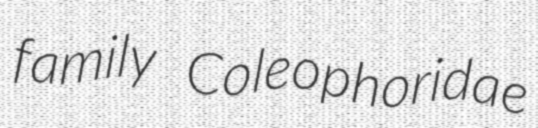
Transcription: family Coleophoridae